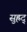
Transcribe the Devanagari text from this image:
सुह्रद्